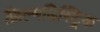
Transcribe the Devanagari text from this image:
फ़िल्मडिस्ट्रिक